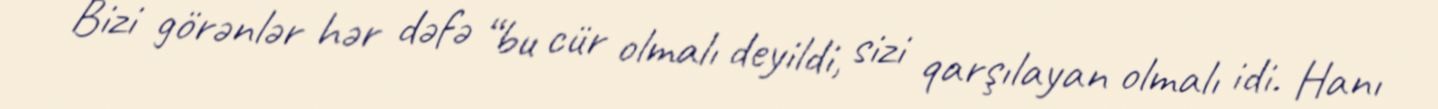
Bizi görənlər hər dəfə “bu cür olmalı deyildi, sizi qarşılayan olmalı idi. Hanı